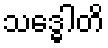
သဒ္ဓေါတိ